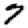
Digit: 7